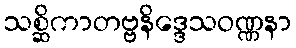
သစ္ဆိကာတဗ္ဗနိဒ္ဒေသဝဏ္ဏနာ